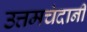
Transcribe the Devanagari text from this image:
उत्तमचंदानी